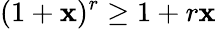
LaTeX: (1+\mathbf{x})^{r}\geq1+r\mathbf{x}